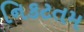
નિકટતમ